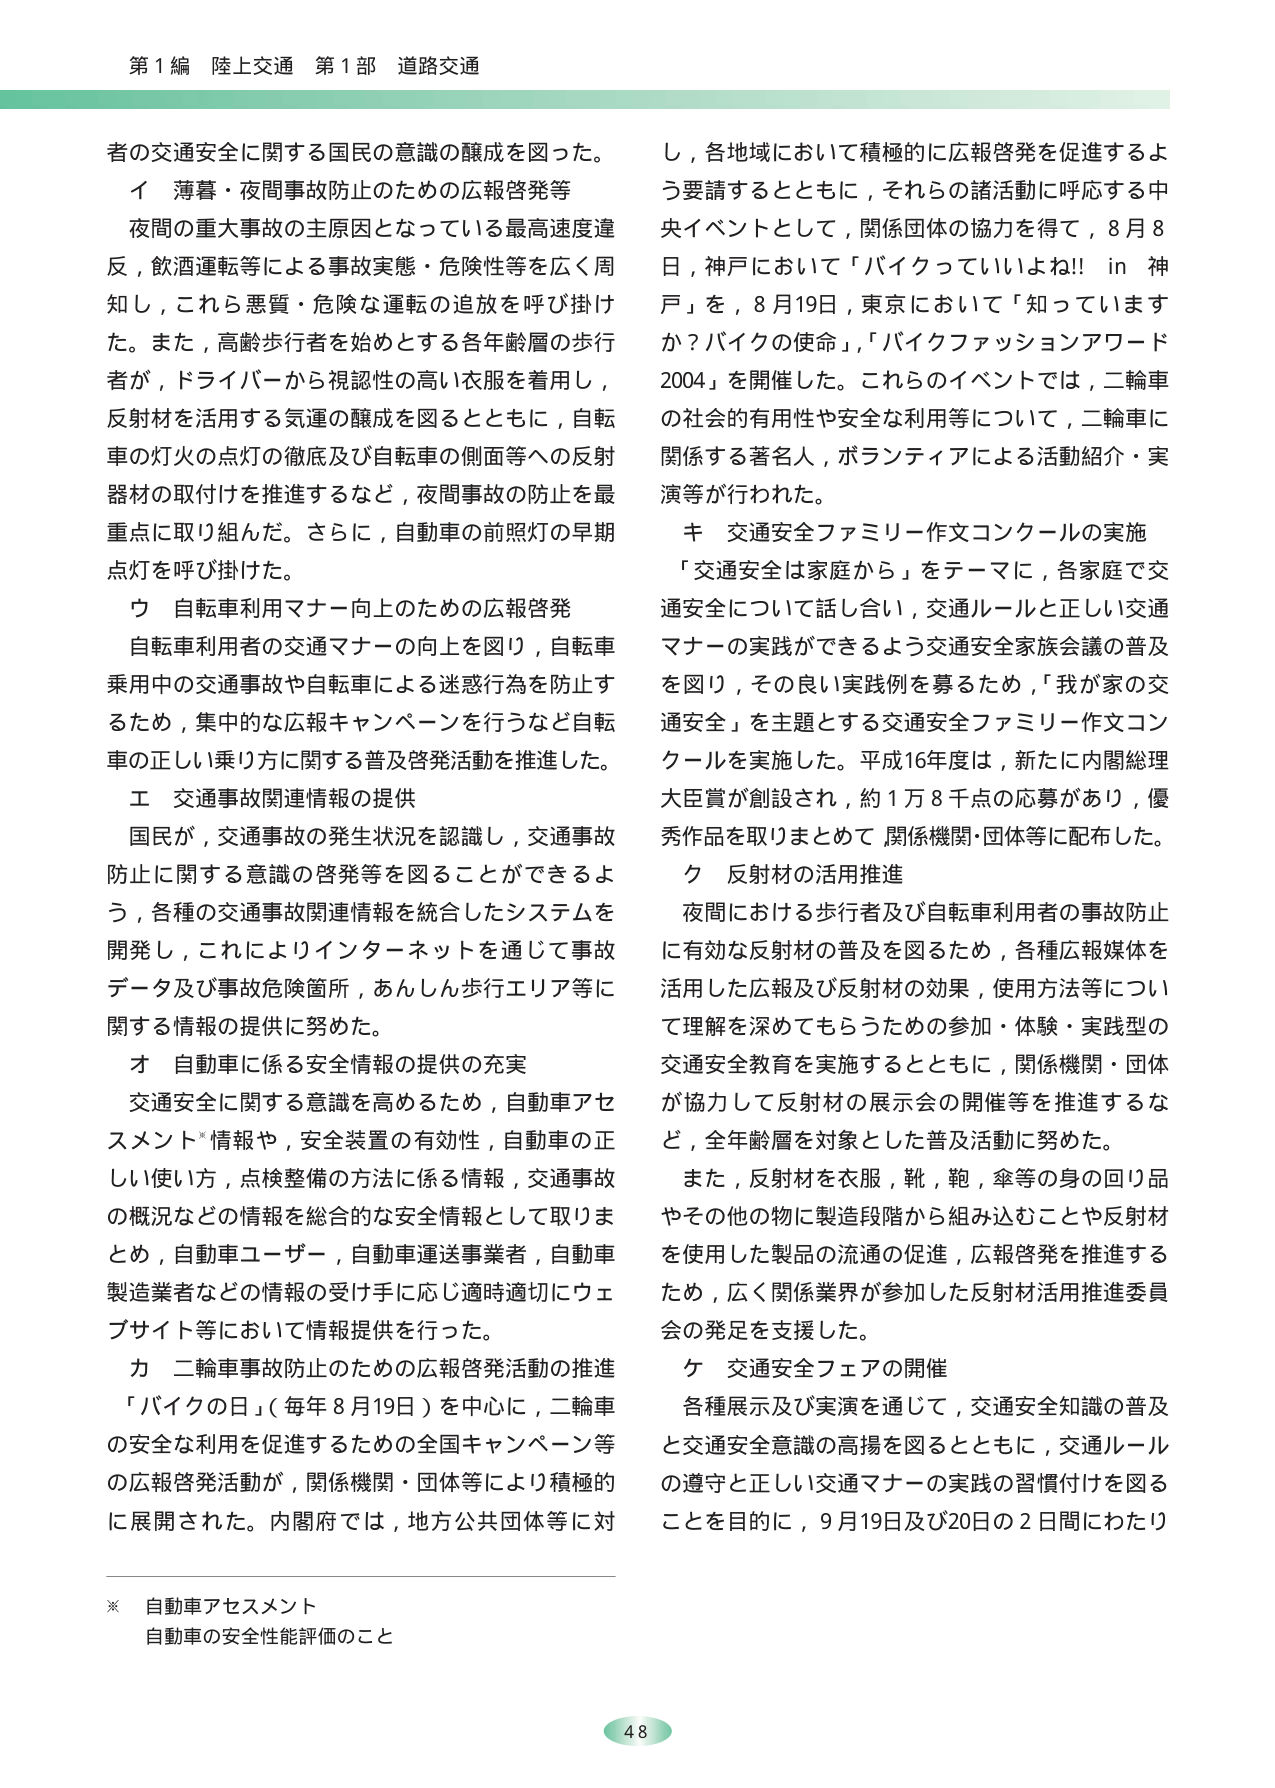
第１編 陸上交通 第１部 道路交通

者の交通安全に関する国民の意識の醸成を図った。
イ 薄暮・夜間事故防止のための広報啓発等
夜間の重大事故の主原因となっている最高速度違反，飲酒運転等による事故実態・危険性等を広く周知し，これら悪質・危険な運転の追放を呼び掛けた。また，高齢歩行者を始めとする各年齢層の歩行者が，ドライバーから視認性の高い衣服を着用し，反射材を活用する気運の醸成を図るとともに，自転車の灯火の点灯の徹底及び自転車の側面等への反射器材の取付けを推進するなど，夜間事故の防止を最重点に取り組んだ。さらに，自動車の前照灯の早期点灯を呼び掛けた。
ウ 自転車利用マナー向上のための広報啓発
自転車利用者の交通マナーの向上を図り，自転車乗用中の交通事故や自転車による迷惑行為を防止するため，集中的な広報キャンペーンを行うなど自転車の正しい乗り方に関する普及啓発活動を推進した。
エ 交通事故関連情報の提供
国民が，交通事故の発生状況を認識し，交通事故防止に関する意識の啓発等を図ることができるよう，各種の交通事故関連情報を統合したシステムを開発し，これによりインターネットを通じて事故データ及び事故危険箇所，あんしん歩行エリア等に関する情報の提供に努めた。
オ 自動車に係る安全情報の提供の充実
交通安全に関する意識を高めるため，自動車アセスメント*情報や，安全装置の有効性，自動車の正しい使い方，点検整備の方法に係る情報，交通事故の概況などの情報を総合的な安全情報として取りまとめ，自動車ユーザー，自動車運送事業者，自動車製造業者などの情報の受け手に応じ適時適切にウェブサイト等において情報提供を行った。
カ 二輪車事故防止のための広報啓発活動の推進
「バイクの日」（毎年８月19日）を中心に，二輪車の安全な利用を促進するための全国キャンペーン等の広報啓発活動が，関係機関・団体等により積極的に展開された。内閣府では，地方公共団体等に対し，各地域において積極的に広報啓発を促進するよう要請するとともに，それらの諸活動に呼応する中央イベントとして，関係団体の協力を得て，８月８日，神戸において「バイクっていいよね!! in 神戸」を，８月19日，東京において「知っていますか？バイクの使命」，「バイクファッションアワード2004」を開催した。これらのイベントでは，二輪車の社会的有用性や安全な利用等について，二輪車に関係する著名人，ボランティアによる活動紹介・実演等が行われた。
キ 交通安全ファミリー作文コンクールの実施
「交通安全は家庭から」をテーマに，各家庭で交通安全について話し合い，交通ルールと正しい交通マナーの実践ができるよう交通安全家族会議の普及を図り，その良い実践例を募るため，「我が家の交通安全」を主題とする交通安全ファミリー作文コンクールを実施した。平成16年度は，新たに内閣総理大臣賞が創設され，約１万８千点の応募があり，優秀作品を取りまとめて，関係機関・団体等に配布した。
ク 反射材の活用推進
夜間における歩行者及び自転車利用者の事故防止に有効な反射材の普及を図るため，各種広報媒体を活用した広報及び反射材の効果，使用方法等について理解を深めてもらうための参加・体験・実践型の交通安全教育を実施するとともに，関係機関・団体が協力して反射材の展示会の開催等を推進するなど，全年齢層を対象とした普及活動に努めた。
また，反射材を衣服，靴，鞄，傘等の身の回り品やその他の物に製造段階から組み込むことや反射材を使用した製品の流通の促進，広報啓発を推進するため，広く関係業界が参加した反射材活用推進委員会の発足を支援した。
ケ 交通安全フェアの開催
各種展示及び実演を通じて，交通安全知識の普及と交通安全意識の高揚を図るとともに，交通ルールの遵守と正しい交通マナーの実践の習慣付けを図ることを目的に，９月19日及び20日の２日間にわたり

※ 自動車アセスメント
自動車の安全性能評価のこと

48